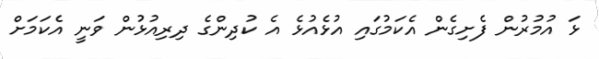
ޅަ އުމުރުން ފެށިގެން އެކަމުގައި އުޅެއުޅެ އެ ކުދިންގެ ދިރިއުޅުން ވަނީ އެކަމަށް